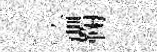
淪鞠